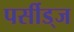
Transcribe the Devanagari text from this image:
पर्सीड्‌ज